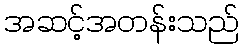
အဆင့်အတန်းသည်